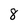
Character: 8